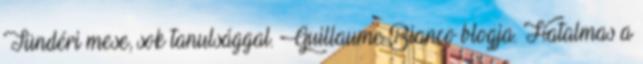
Tündéri mese, sok tanulsággal. Guillaume Bianco blogja. Hatalmas a